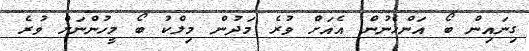
ގިނައިން ބޯ އަންހެނުން އެއަށް ވުރެ މަދުން މިލްކު ބޯ މީހުންނަށް ވުރެ